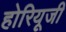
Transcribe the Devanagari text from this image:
होरियूजी